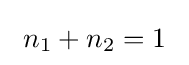
~n_{1}+n_{2}=1~